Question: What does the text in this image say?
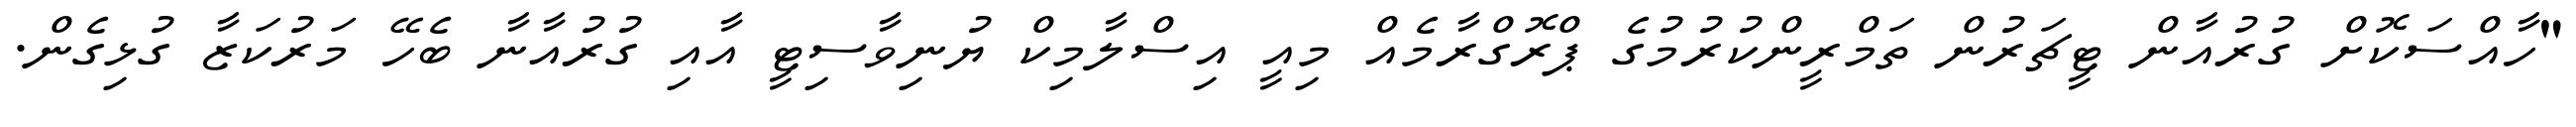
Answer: "ހާއްސަކޮށް ގުރުއާން ޓީޗަރުން ތަމްރީންކުރުމުގެ ޕްރޮގްރާމެއް މިއީ އިސްލާމިކް ޔުނިވާސިޓީ އާއި ގުރުއާނާ ބެހޭ މަރުކަޒާ ގުޅިގެން.